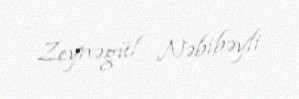
Zeynəgül Nəbibəyli